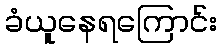
ခံယူနေရကြောင်း